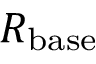
R _ { \mathrm { b a s e } }